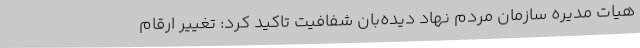
هیات مدیره سازمان مردم نهاد دیده‌بان شفافیت تاکید کرد: تغییر ارقام